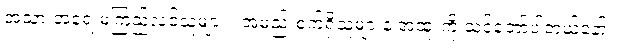
အသားအရေ မကြည်လင်သူများ ၊ အမည်းစက်ရှိသူများနဲ့ အထူးကို သင့်တော်ပါတယ်နော်။